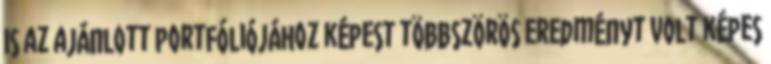
is az ajánlott portfóliójához képest többszörös eredményt volt képes